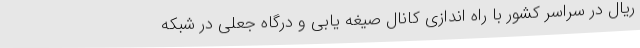
ریال در سراسر کشور با راه اندازی کانال صیغه یابی و درگاه جعلی در شبکه